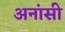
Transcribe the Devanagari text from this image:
अनांसी